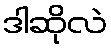
ဒါဆိုလဲ